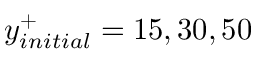
y _ { i n i t i a l } ^ { + } = 1 5 , 3 0 , 5 0